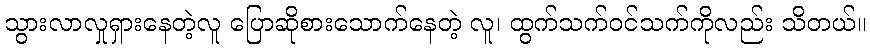
သွားလာလှုရှားနေတဲ့လူ ပြောဆိုစားသောက်နေတဲ့ လူ၊ ထွက်သက်ဝင်သက်ကိုလည်း သိတယ်။